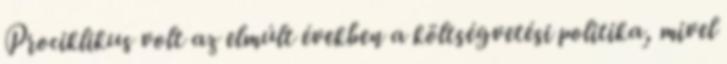
Prociklikus volt az elmúlt években a költségvetési politika, mivel